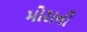
મોરાની